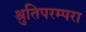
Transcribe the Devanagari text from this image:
श्रुतिपरम्परा